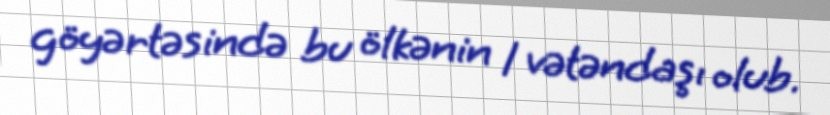
göyərtəsində bu ölkənin 1 vətəndaşı olub.